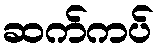
ဆက်ကပ်